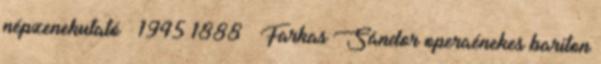
népzenekutató † 1945 1888 – Farkas Sándor operaénekes bariton